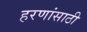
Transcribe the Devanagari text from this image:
हरणांसाठी